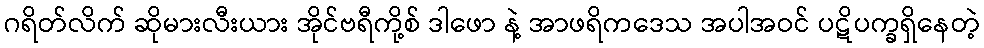
ဂရိတ်လိက် ဆိုမားလီးယား အိုင်ဗရီကို့စ် ဒါဖော နဲ့ အာဖရိကဒေသ အပါအဝင် ပဋိပက္ခရှိနေတဲ့